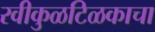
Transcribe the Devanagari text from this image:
रवीकुळटिळकाचा